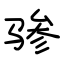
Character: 骖